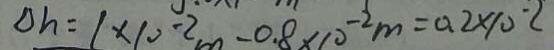
\Delta h = 1 \times 1 0 ^ { - 2 } m = 0 . 8 \times 1 0 ^ { - 2 } m = 0 . 2 \times 1 0 ^ { - 2 }